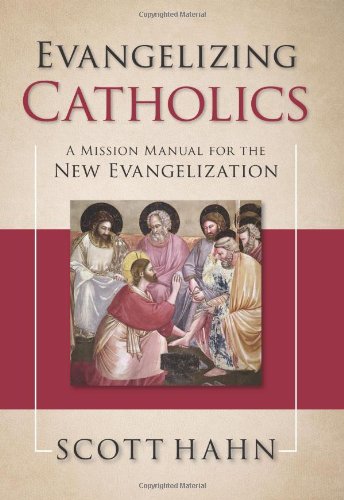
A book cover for Evangelizing Catholics: A Mission Manual for the New Evangelization; Scott Hahn; Christian Books & Bibles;